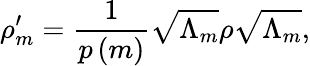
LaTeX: \rho_{m}^{\prime}={\frac{1}{p\left(m\right)}}{\sqrt{\Lambda_{m}}}\rho{\sqrt{\Lambda_{m}}},